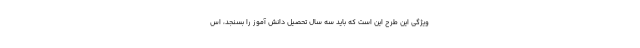
ویژگی این طرح این است که باید سه سال تحصیل دانش آموز را بسنجد، اس